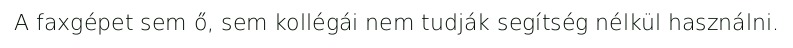
A faxgépet sem ő, sem kollégái nem tudják segítség nélkül használni.